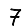
Digit: 7